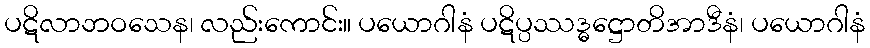
ပဋိလာဘဝသေန၊ လည်းကောင်း။ ပယောဂါနံ ပဋိပ္ပဿဒ္ဓဋ္ဌောတိအာဒီနံ၊ ပယောဂါနံ